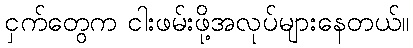
ငှက်တွေက ငါးဖမ်းဖို့အလုပ်များနေတယ်။